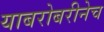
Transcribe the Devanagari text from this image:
याबरोबरीनेच